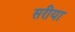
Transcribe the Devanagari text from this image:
सरीया